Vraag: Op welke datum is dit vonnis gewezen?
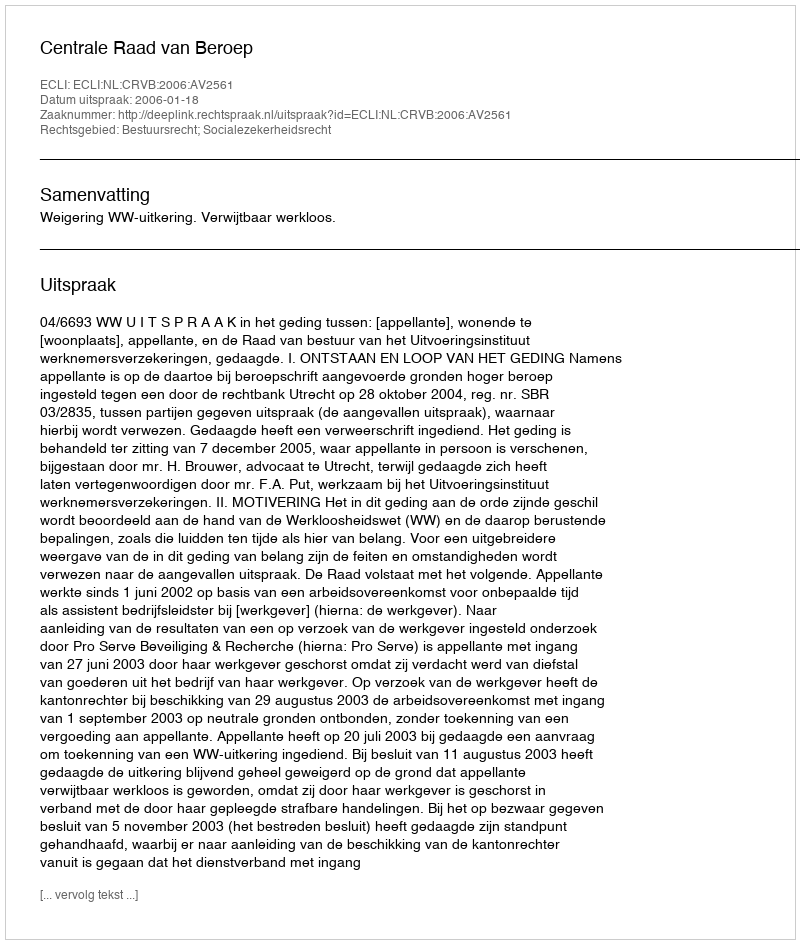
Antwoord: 2006-01-18